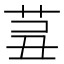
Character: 𦮊